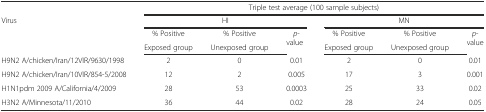
<table><thead><tr><td></td><td colspan="6"><b>Triple test average (100 sample subjects)</b></td></tr><tr><td rowspan="3"><b>Virus</b></td><td colspan="3"><b>HI</b></td><td colspan="3"><b>MN</b></td></tr><tr><td><b>% Positive</b></td><td><b>% Positive</b></td><td rowspan="2"><b><i>p</i>-value</b></td><td><b>% Positive</b></td><td><b>% Positive</b></td><td rowspan="2"><b><i>p</i>-value</b></td></tr><tr><td><b>Exposed group</b></td><td><b>Unexposed group</b></td><td><b>Exposed group</b></td><td><b>Unexposed group</b></td></tr></thead><tbody><tr><td>H9N2 A/chicken/Iran/12VIR/9630/1998</td><td>2</td><td>0</td><td>0.01</td><td>2</td><td>0</td><td>0.01</td></tr><tr><td>H9N2 A/chicken/Iran/10VIR/854-5/2008</td><td>12</td><td>2</td><td>0.005</td><td>17</td><td>3</td><td>0.001</td></tr><tr><td>H1N1pdm 2009 A/California/4/2009</td><td>28</td><td>53</td><td>0.0003</td><td>25</td><td>33</td><td>0.02</td></tr><tr><td>H3N2 A/Minnesota/11/2010</td><td>36</td><td>44</td><td>0.02</td><td>28</td><td>24</td><td>0.05</td></tr></tbody></table>